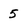
Character: 5